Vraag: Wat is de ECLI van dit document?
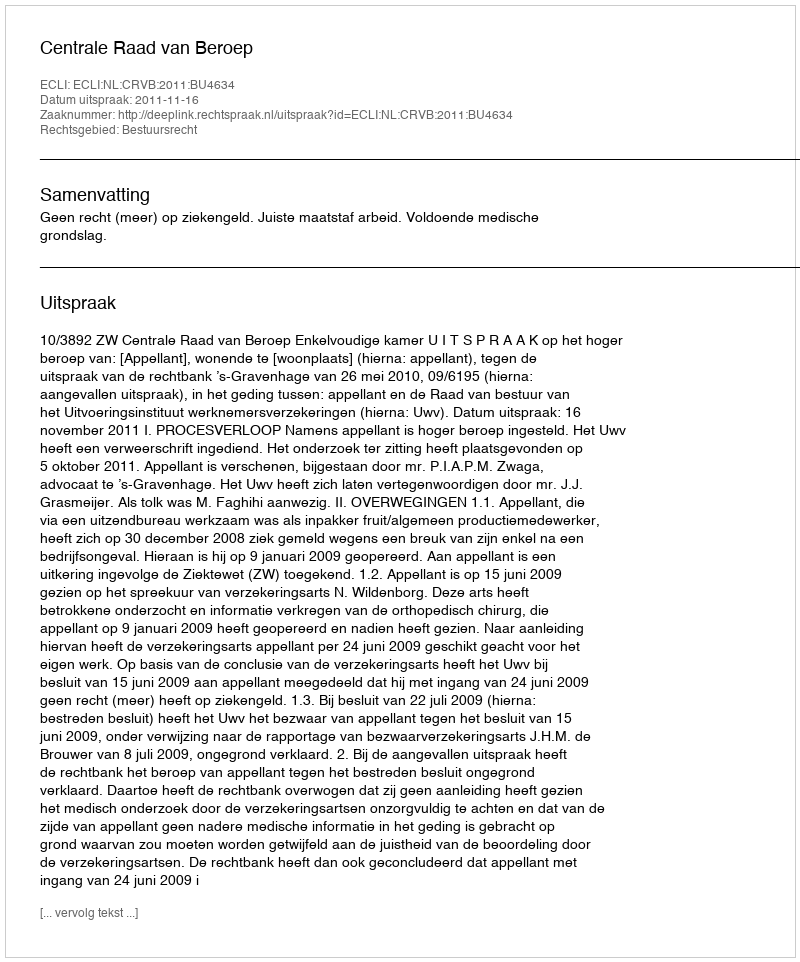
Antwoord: ECLI:NL:CRVB:2011:BU4634